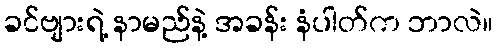
ခင်ဗျားရဲ့ နာမည်နဲ့ အခန်း နံပါတ်က ဘာလဲ။